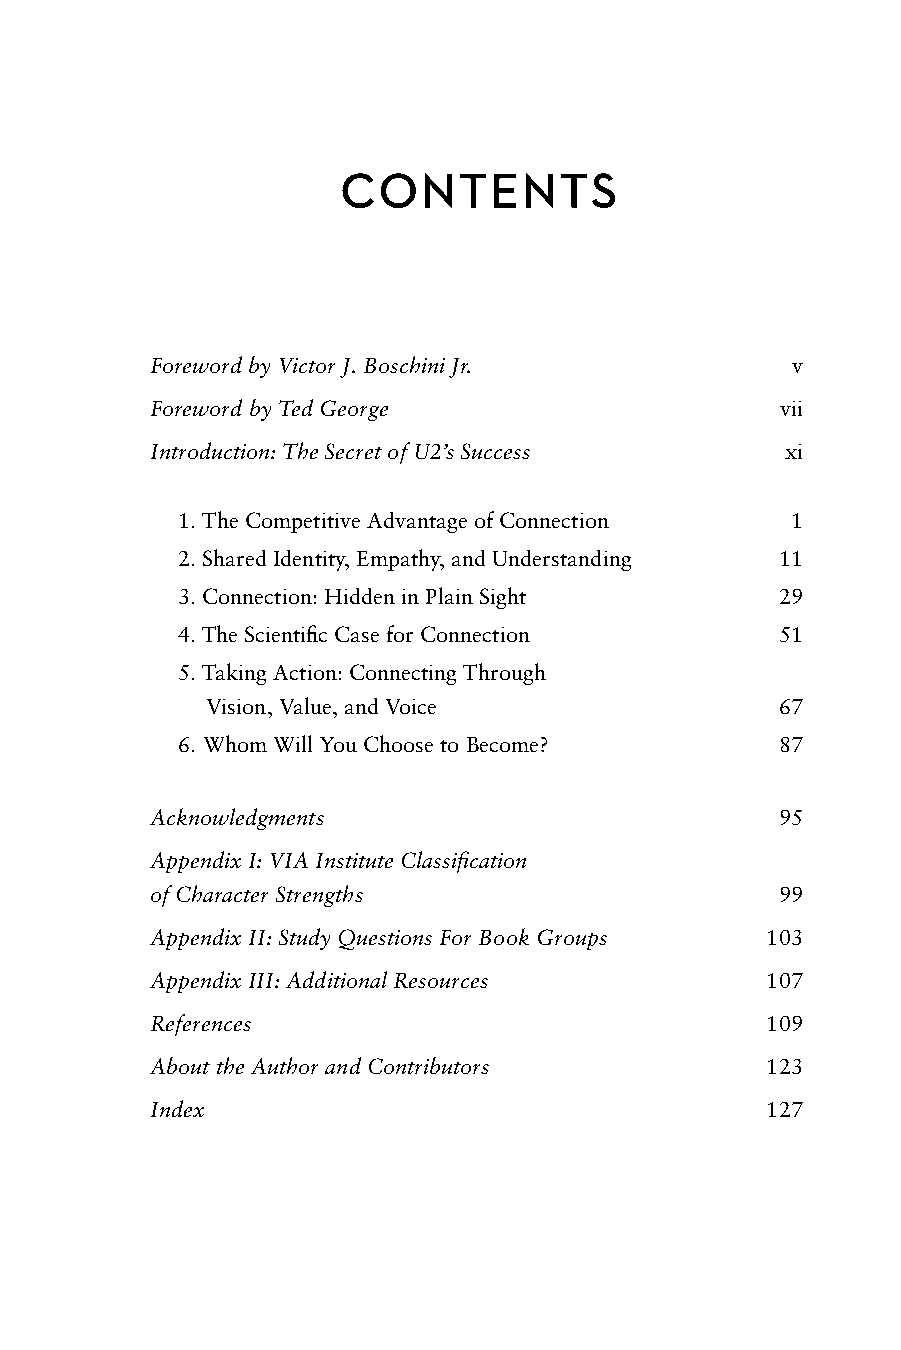
CONTENTS
 Foreword by Victor J. Boschini Jr.        v
 Foreword by Ted George                    vii
 Introduction: The Secret of U2’s Success  xi
 1. The Competitive Advantage of Connection 1
 2. Shared Identity, Empathy, and Understanding 11
 3. Connection: Hidden in Plain Sight   29
 4. The Scientific Case for Connection  51
 5. Taking Action: Connecting Through
 Vision, Value, and Voice             67
 6. Whom Will You Choose to Become?     87
 Acknowledgments                          95
 Appendix I: VIA Institute Classification
 of Character Strengths                   99
 Appendix II: Study Questions For Book Groups 103
 Appendix III: Additional Resources       107
 References                               109
 About the Author and Contributors        123
 Index                                    127